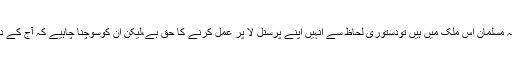
بہت سے غیر مسلم یہ سمجھتے ہیں کہ مسلمان اس ملک میں ہیں تودستوری لحاظ سے انہیں اپنے پرسنل لا پر عمل کرنے کا حق ہے،لیکن ان کوسوچنا چاہیے کہ آج کے دور میں ان کا پرسنل لا نہیں چل سکتا۔